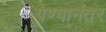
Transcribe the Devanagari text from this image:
येण्यानंतर